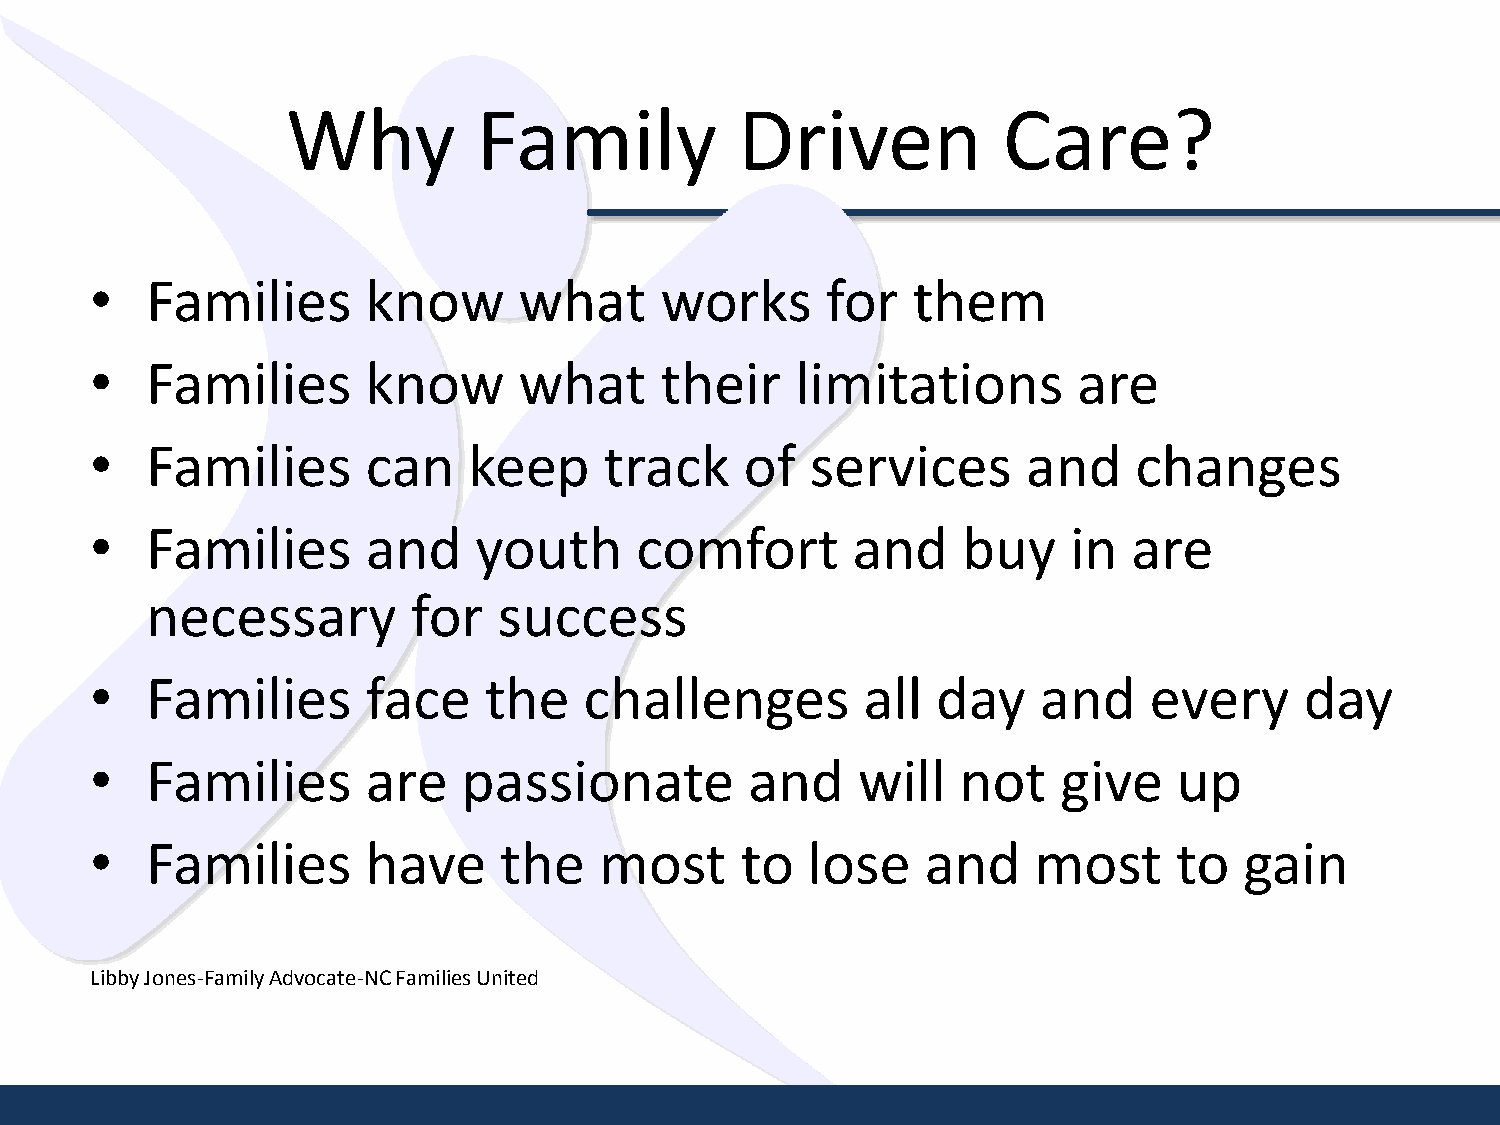
Why          Family           Driven           Care?
 •   Families      know      what      works      for  them
 •   Families      know      what      their    limitations       are
 •   Families      can    keep     track    of   services      and    changes
 •   Families      and    youth      comfort       and     buy    in  are
 necessary        for   success
 •   Families      face    the    challenges        all  day    and    every     day
 •   Families      are    passionate         and    will   not   give    up
 •   Families      have     the    most     to  lose    and    most      to  gain
 Libby Jones-Family Advocate-NC Families United